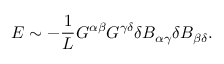
{ \cal E } \sim - \frac { 1 } { L } G ^ { \alpha \beta } G ^ { \gamma \delta } \delta B _ { \alpha \gamma } \delta B _ { \beta \delta } .